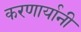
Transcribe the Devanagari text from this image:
करणार्यानी